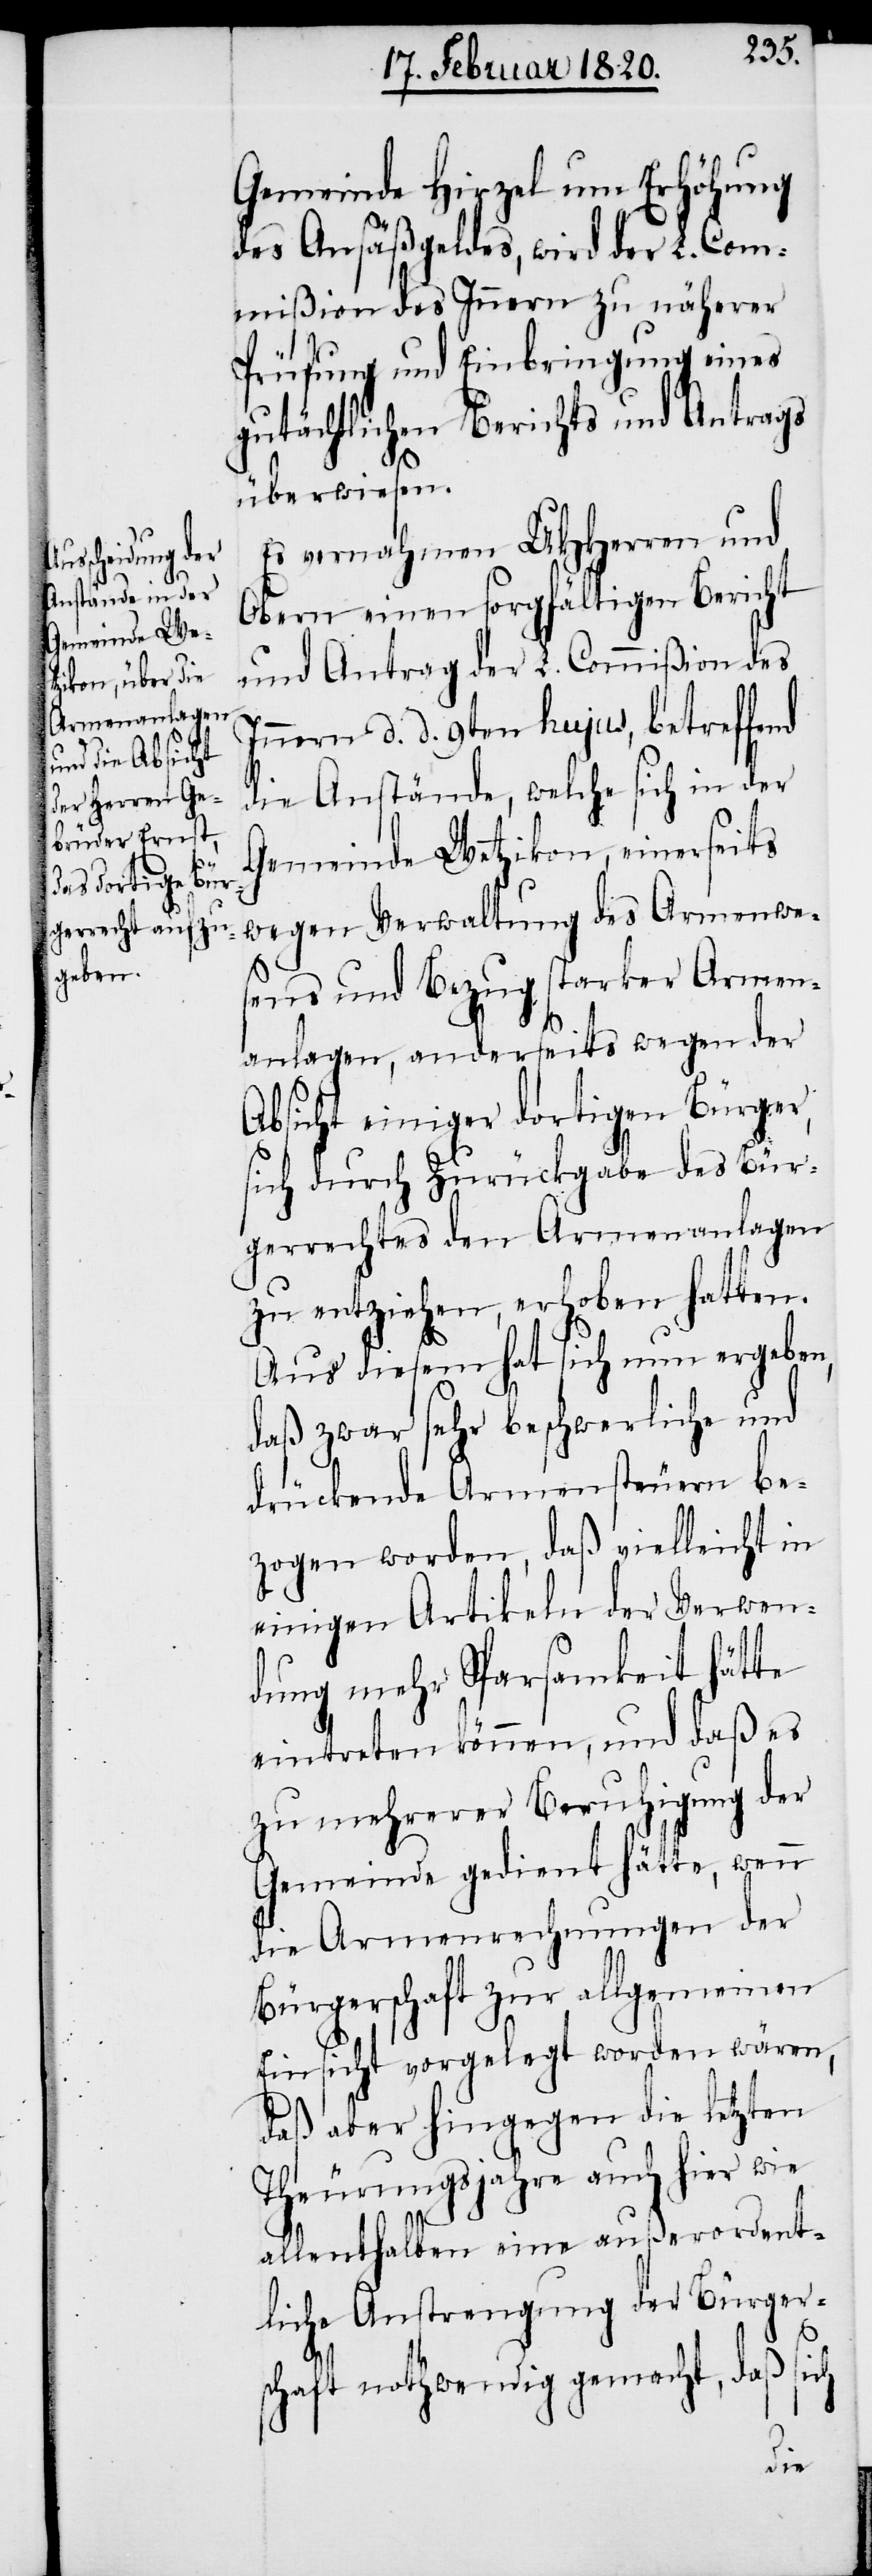
Gemeinde Hirzel um Erhöhung
des Ansäßgeldes, wird der L. Com¬
mißion des Innern zu näherer
Prüfung und Einbringung eines
gutächtlichen Berichts und Antrags
überwiesen.
Es vernahmen UHHerren und
Obern einen sorgfältigen Bericht
und Antrag der L. Commißion des
Innern d. d. 9ten hujus, betreffend
die Anstände, welche sich in der
Gemeinde Wetzikon, einerseits
wegen Verwaltung des Armenwe¬
sens und Bezug starker Armen¬
anlagen, anderseits wegen der
Absicht einiger dortigen Bürger,
sich durch Zurückgabe des Bür¬
gerrechtes den Armenanlagen
zu entziehen, erhoben hatten.
Aus diesem hat sich nun ergeben,
daß zwar sehr beschwerliche und
drückende Armensteuern be¬
zogen worden, daß vielleicht in
einigen Artikeln der Verwen¬
dung mehr Sparsamkeit hätte
eintreten können, und daß es
zu mehrerer Beruhigung der
Gemeinde gedient hätte, wenn
die Armenrechnungen der
Bürgerschaft zur allgemeinen
Einsicht vorgelegt worden wären,
daß aber hingegen die letzten
Theurungsjahre auch hier wie
allenthalben eine außerordent¬
liche Anstrengung der Bürger¬
schaft nothwendig gemacht, daß sich